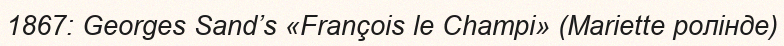
1867: Georges Sand’s «François le Champi» (Mariette ролінде)